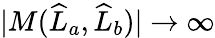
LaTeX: |M(\widehat{L}_{a},\widehat{L}_{b})|\to\infty